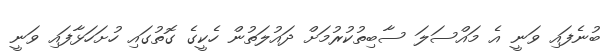
ބުނެފައި ވަނީ އެ މައްސަލަ ސާބިތުކުރުމަށް ދައުލަތުން ހެކީގެ ގޮތުގައި ހުށަހަޅާފައި ވަނީ